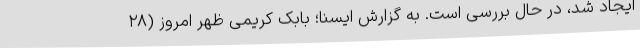
ایجاد شد، در حال بررسی است. به گزارش ایسنا؛ بابک کریمی ظهر امروز (۲۸